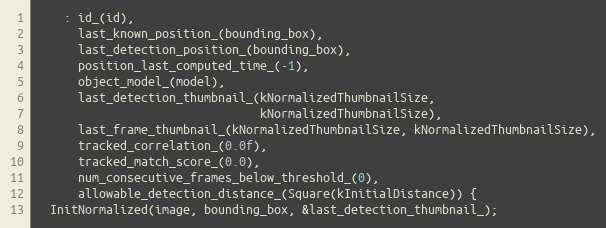
Language: C++
    : id_(id),
      last_known_position_(bounding_box),
      last_detection_position_(bounding_box),
      position_last_computed_time_(-1),
      object_model_(model),
      last_detection_thumbnail_(kNormalizedThumbnailSize,
                                kNormalizedThumbnailSize),
      last_frame_thumbnail_(kNormalizedThumbnailSize, kNormalizedThumbnailSize),
      tracked_correlation_(0.0f),
      tracked_match_score_(0.0),
      num_consecutive_frames_below_threshold_(0),
      allowable_detection_distance_(Square(kInitialDistance)) {
  InitNormalized(image, bounding_box, &last_detection_thumbnail_);